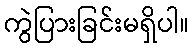
ကွဲပြားခြင်းမရှိပါ။